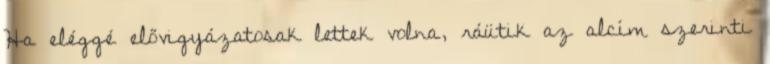
Ha eléggé elővigyázatosak lettek volna, ráütik az alcím szerinti